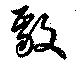
毅